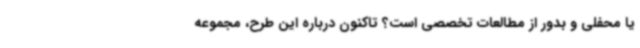
یا محفلی و بدور از مطالعات تخصصی است؟ تاکنون درباره این طرح، مجموعه